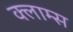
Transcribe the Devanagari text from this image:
क्लाम्स